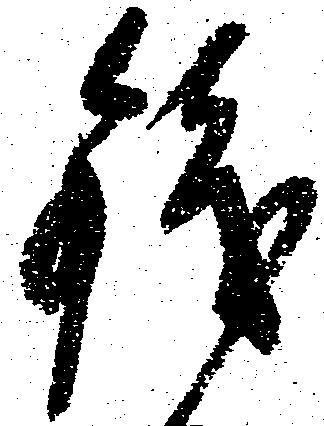
銭